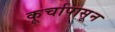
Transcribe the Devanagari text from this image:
कूर्चापासून